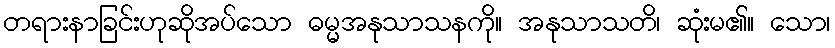
တရားနာခြင်းဟုဆိုအပ်သော ဓမ္မအနုသာသနကို။ အနုသာသတိ၊ ဆုံးမ၏။ သော၊